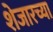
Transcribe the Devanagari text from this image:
शेजारच्‍या